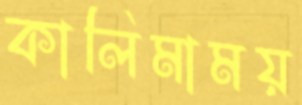
কালিমাময়